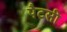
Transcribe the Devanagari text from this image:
पैटसी